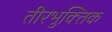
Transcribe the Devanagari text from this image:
तीरभुक्‍तिक